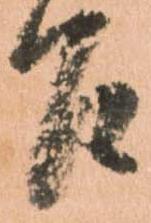
召